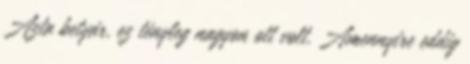
Azta betyár, ez tényleg nagyon ott volt. Amennyire eddig